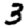
Digit: 3